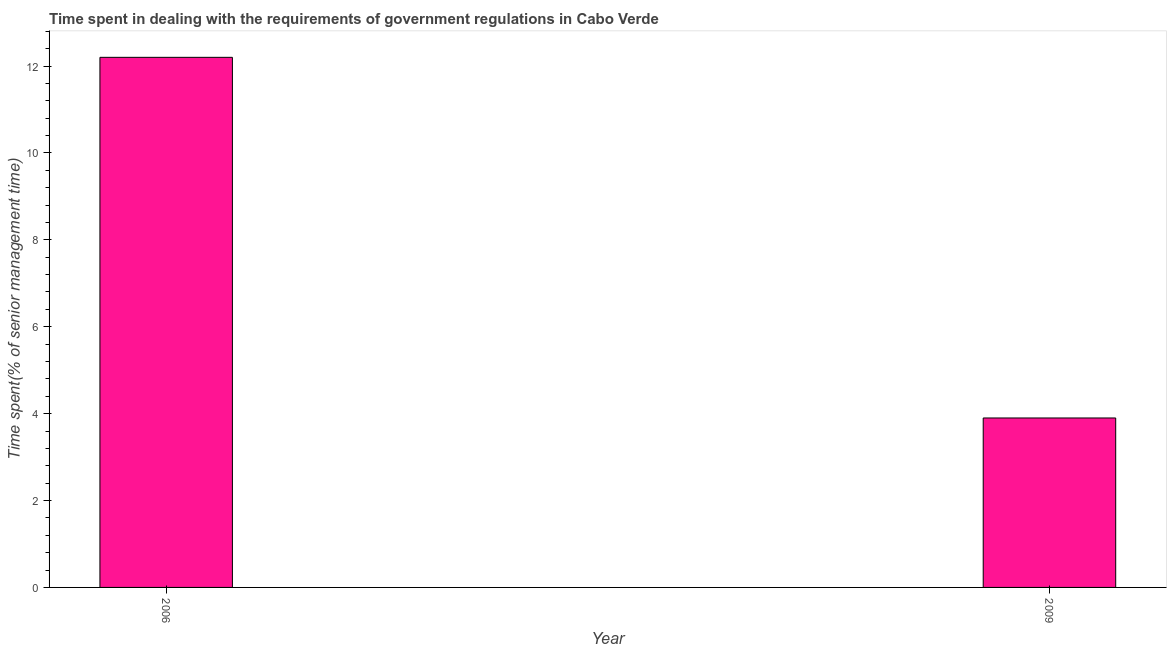
| Year | Government regulations |
 | --- | --- |
 | 2006 | 12.2 |
 | 2009 | 3.9 |